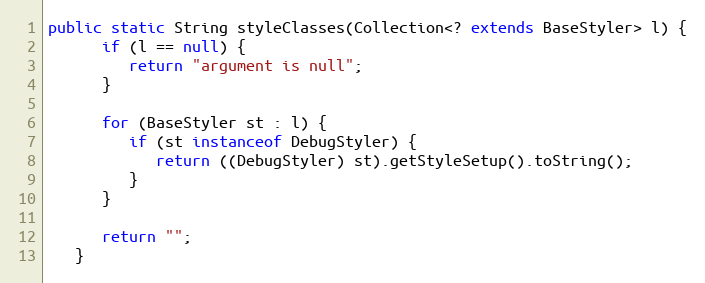
Language: Java
public static String styleClasses(Collection<? extends BaseStyler> l) {
      if (l == null) {
         return "argument is null";
      }

      for (BaseStyler st : l) {
         if (st instanceof DebugStyler) {
            return ((DebugStyler) st).getStyleSetup().toString();
         }
      }

      return "";
   }